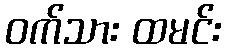
ဝက်သား ထမင်း